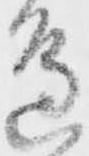
辺